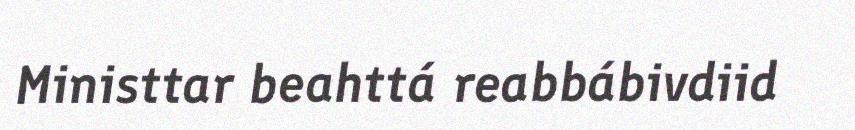
Ministtar beahttá reabbábivdiid